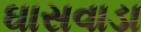
ઘાસવાડા